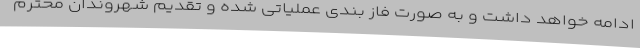
ادامه خواهد داشت و به صورت فاز بندی عملیاتی شده و تقدیم شهروندان محترم